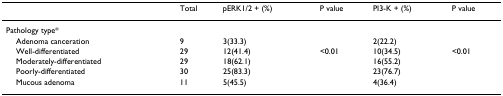
<table><thead><tr><td></td><td><b>Total</b></td><td><b>pERK1/2 + (%)</b></td><td><b>P value</b></td><td><b>PI3-K + (%)</b></td><td><b>P value</b></td></tr></thead><tbody><tr><td>Pathology type*</td><td></td><td></td><td></td><td></td><td></td></tr><tr><td> Adenoma canceration</td><td>9</td><td>3(33.3)</td><td></td><td>2(22.2)</td><td></td></tr><tr><td> Well-differentiated</td><td>29</td><td>12(41.4)</td><td>&lt;0.01</td><td>10(34.5)</td><td>&lt;0.01</td></tr><tr><td> Moderately-differentiated</td><td>29</td><td>18(62.1)</td><td></td><td>16(55.2)</td><td></td></tr><tr><td> Poorly-differentiated</td><td>30</td><td>25(83.3)</td><td></td><td>23(76.7)</td><td></td></tr><tr><td> Mucous adenoma</td><td>11</td><td>5(45.5)</td><td></td><td>4(36.4)</td><td></td></tr></tbody></table>